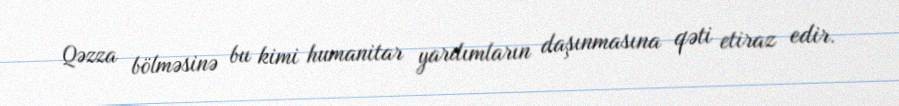
Qəzza bölməsinə bu kimi humanitar yardımların daşınmasına qəti etiraz edir.